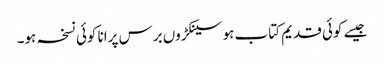
جیسے کوئی قدیم کتاب ہو سینکڑوں برس پرانا کوئی نسخہ ہو۔